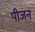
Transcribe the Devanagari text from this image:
पीजन